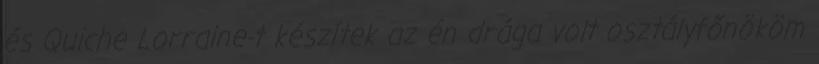
és Quiche Lorraine-t készítek az én drága volt osztályfőnököm